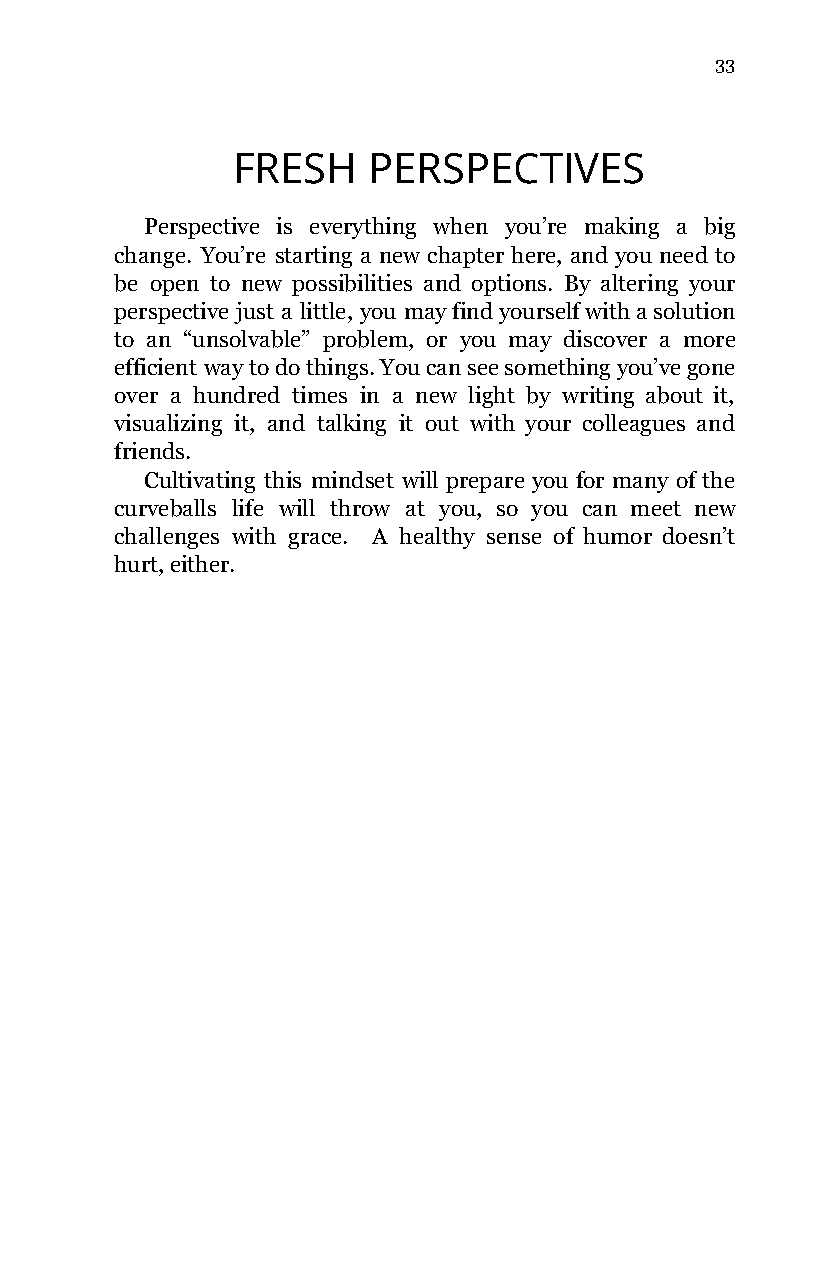
33
 FRESH    PERSPECTIVES
 Perspective is everything when you’re making a big
 change. You’re starting a new chapter here, and you need to
 be open to new possibilities and options. By altering your
 perspective just a little, you may find yourself with a solution
 to an “unsolvable” problem, or you may discover a more
 efficient way to do things. You can see something you’ve gone
 over a hundred times in a new light by writing about it,
 visualizing it, and talking it out with your colleagues and
 friends.
 Cultivating this mindset will prepare you for many of the
 curveballs life will throw at you, so you can meet new
 challenges with grace. A healthy sense of humor doesn’t
 hurt, either.